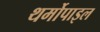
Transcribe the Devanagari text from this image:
थर्मोपाइल